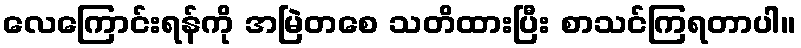
လေကြောင်းရန်ကို အမြဲတစေ သတိထားပြီး စာသင်ကြရတာပါ။